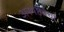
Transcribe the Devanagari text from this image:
अस्पष्टतेचा